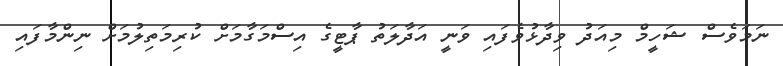
ނަމަވެސް ޝަހީމް މިއަދު ވިދާޅުވެފައި ވަނީ އަދާލަތު ޕާޓީގެ އިސްމަގާމަށް ކުރިމަތިލުމަށް ނިންމާފައި